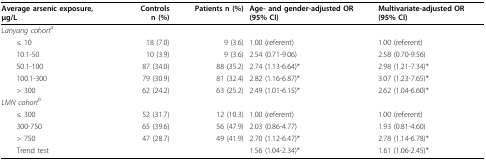
<table><thead><tr><td><b>Average arsenic exposure, μg/L</b></td><td><b>Controls n (%)</b></td><td><b>Patients n (%)</b></td><td><b>Age- and gender-adjusted OR (95% CI)</b></td><td><b>Multivariate-adjusted OR (95% CI)</b></td></tr></thead><tbody><tr><td colspan="5"><i>Lanyang cohort</i><sup><i>a</i></sup></td></tr><tr><td> ≤ 10</td><td>18 (7.0)</td><td>9 (3.6)</td><td>1.00 (referent)</td><td>1.00 (referent)</td></tr><tr><td> 10.1-50</td><td>10 (3.9)</td><td>9 (3.6)</td><td>2.54 (0.71-9.06)</td><td>2.58 (0.70-9.56)</td></tr><tr><td> 50.1-100</td><td>87 (34.0)</td><td>88 (35.2)</td><td>2.74 (1.13-6.64)*</td><td>2.98 (1.21-7.34)*</td></tr><tr><td> 100.1-300</td><td>79 (30.9)</td><td>81 (32.4)</td><td>2.82 (1.16-6.87)*</td><td>3.07 (1.23-7.65)*</td></tr><tr><td> &gt; 300</td><td>62 (24.2)</td><td>63 (25.2)</td><td>2.49 (1.01-6.15)*</td><td>2.62 (1.04-6.60)*</td></tr><tr><td colspan="5"><i>LMN cohort</i><sup><i>b</i></sup></td></tr><tr><td> ≤ 300</td><td>52 (31.7)</td><td>12 (10.3)</td><td>1.00 (referent)</td><td>1.00 (referent)</td></tr><tr><td> 300-750</td><td>65 (39.6)</td><td>56 (47.9)</td><td>2.03 (0.86-4.77)</td><td>1.93 (0.81-4.60)</td></tr><tr><td> &gt; 750</td><td>47 (28.7)</td><td>49 (41.9)</td><td>2.70 (1.12-6.47)*</td><td>2.78 (1.14-6.78)*</td></tr><tr><td> Trend test</td><td></td><td></td><td>1.56 (1.04-2.34)*</td><td>1.61 (1.06-2.45)*</td></tr></tbody></table>